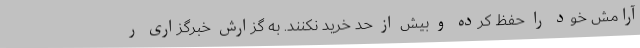
آرامش خود را حفظ کرده و بیش از حد خرید نکنند. به گزارش خبرگزاری ر